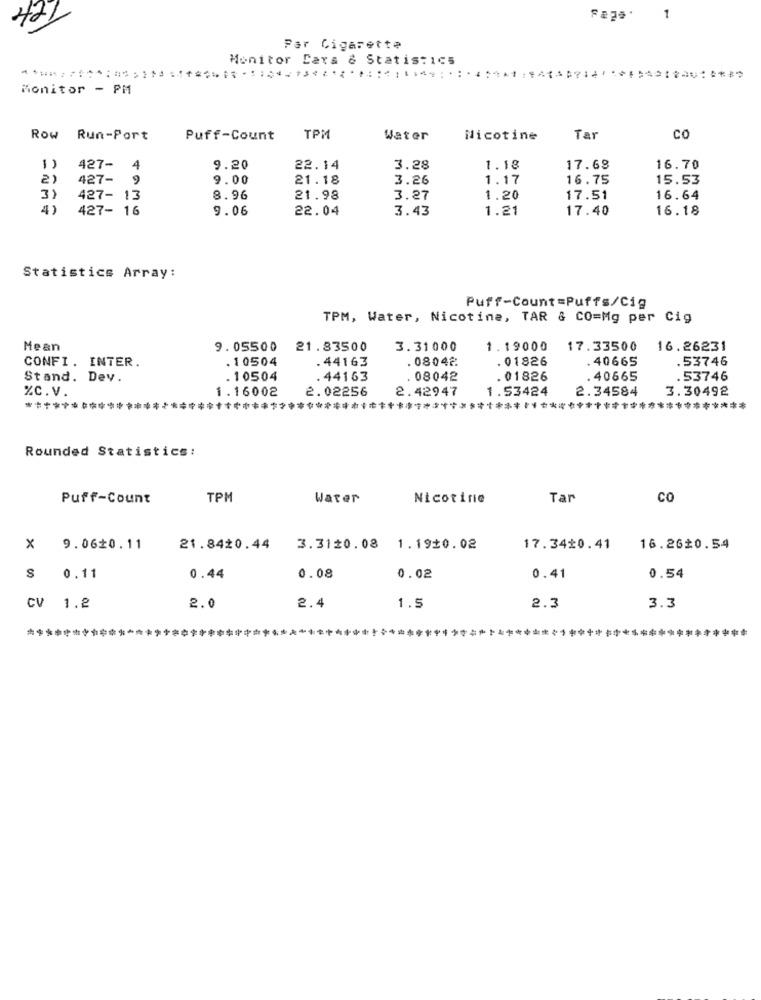
421
1
Par Cigarette
Monitor Cara & Statistic5
Monitor - PM
Row Run-Port
Puff-Count
TPM
Water
Nicotine
Tar
CO
1
427- 4
9.20
22.14
3.28
1.18
17.68
16.70
2)
427- 9
9.00
21.18
3.26
1.17
16.75
15.53
3)
427- 13
8.96
21.98
3.27
1.20
17.51
16.64
4)
427- 16
9.06
22.04
3.43
1.21
17.40
16.18
Statistics Array:
Puff-Count=Puffs/Cig
TPM, Water, Nicotine, TAR & CO=Mg per Cig
Mean
9. 05500
21.83500
3.31000
1.19000
17.33500
16.26231
CONFI. INTER.
. 10504
.44163
08042
. 01826
. 40665
.53746
Stand. Dev.
. 10504
.44163
08042
. 01826
. 40665
.53746
%C.v.
1.16002
2.02256
2.42947
1.53424
2.34584
3.30492
*****
**************************************
Rounded Statistics:
Puff-Count
TPM
Water
Nicotine
Tar
CO
X 9.0620.11
21.8420.44
3.3120.08 1.1920.02
17.3420.41
16.26$0.54
$ 0.11
0.44
0.08
0.02
0.41
0.54
CV 1.2
2.0
2.4
1.5
2.3
3.3
***************************